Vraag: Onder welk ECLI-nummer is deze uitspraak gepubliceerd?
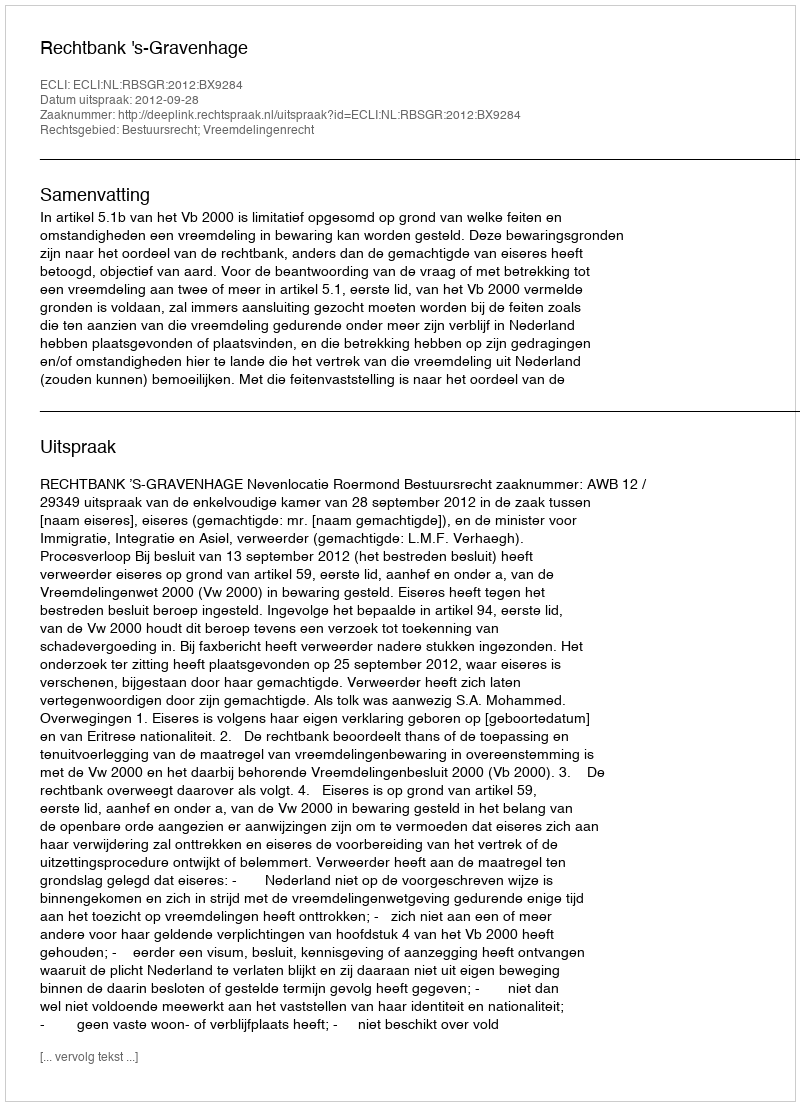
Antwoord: ECLI:NL:RBSGR:2012:BX9284